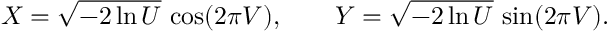
X = { \sqrt { - 2 \ln U } } \, \cos ( 2 \pi V ) , \qquad Y = { \sqrt { - 2 \ln U } } \, \sin ( 2 \pi V ) .